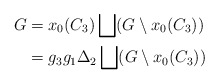
\begin{align*} G &=x_0(C_3)\bigsqcup(G\setminus x_0(C_3)) \\ &=g_3g_1\Delta_2\bigsqcup(G\setminus x_0(C_3)) \end{align*}